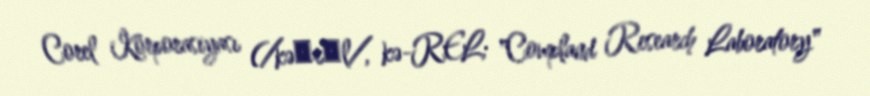
Corel Korporasiyası (/kəˈrɛl/, kə-REL; "Cowpland Research Laboratory"